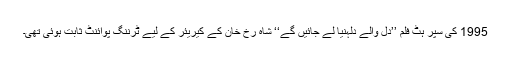
1995 کی سپر ہٹ فلم ’’دل والے دلہنیا لے جائیں گے‘‘ شاہ رخ خان کے کیریئر کے لیے ٹرننگ پوائنٹ ثابت ہوئی تھی۔